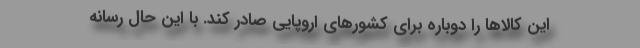
این کالاها را دوباره برای کشورهای اروپایی صادر کند. با این حال رسانه